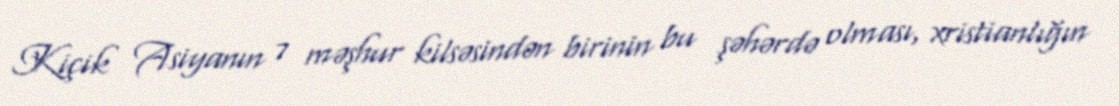
Kiçik Asiyanın 7 məşhur kilsəsindən birinin bu şəhərdə olması, xristianlığın